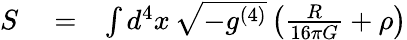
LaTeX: \begin{array}{rlr}{S}&{{}=}&{\int d^{4}x\, \sqrt{-g^{(4)}}\left(\frac{R}{16\pi G}+\rho\right)}\end{array}